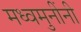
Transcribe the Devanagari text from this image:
मध्वमुनींनी